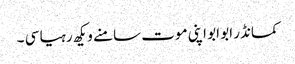
کمانڈر ابو ابو اپنی موت سامنے ویکھ رہیا سی ۔